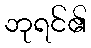
ဘုရင်၏